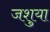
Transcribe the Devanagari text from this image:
जशुया